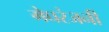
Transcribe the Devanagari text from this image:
मेघरंजनी